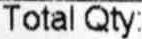
TOTAL QTY: